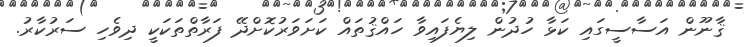
ޤާނޫން އަސާސީގައި ކަޅާ ހުދުން ލިޔެފައިވާ ހައްޤުތައް ކަށަވަރުކޮށްދޭ ފަރާތްތަކަކީ ދިވެހި ސަރުކާރު.